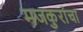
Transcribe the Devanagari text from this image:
मजकुरांचा